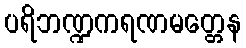
ပရိဘဏ္ဍကရဏမတ္တေန